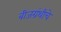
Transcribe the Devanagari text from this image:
बीजग्रंथीचे